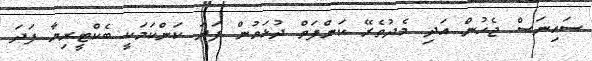
ސައިނަސް ޖެހުން އަދި މެދުތެރޭ ކަންފަތް ދުޅަވުން ފަދަ ކަންކަމަކީ ބެކްޓީރިޔާ ފަދަ